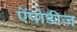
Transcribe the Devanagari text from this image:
ऐंपोडीज़